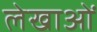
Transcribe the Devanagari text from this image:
लेखाओं